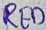
Text: RED